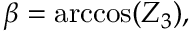
\beta = \operatorname { a r c c o s } ( Z _ { 3 } ) ,